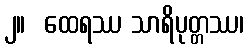
၂။  ထေရဿ သာရိပုတ္တဿ၊